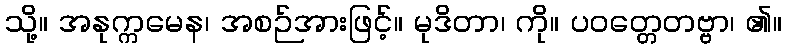
သို့။ အနုက္ကမေန၊ အစဉ်အားဖြင့်။ မုဒိတာ၊ ကို။ ပဝတ္တေတဗ္ဗာ၊ ၏။